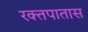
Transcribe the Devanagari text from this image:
रक्तपातास